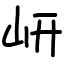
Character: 岍